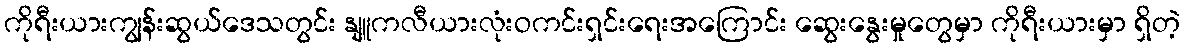
ကိုရီးယားကျွန်းဆွယ်ဒေသတွင်း နျူကလီယားလုံးဝကင်းရှင်းရေးအကြောင်း ဆွေးနွေးမှုတွေမှာ ကိုရီးယားမှာ ရှိတဲ့